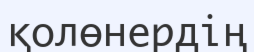
қолөнердің